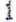
1